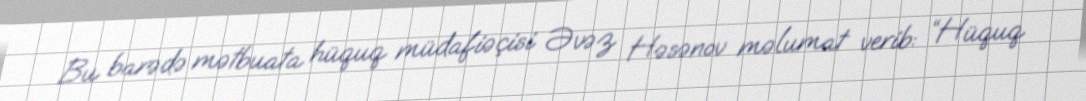
Bu barədə mətbuata hüquq müdafiəçisi Əvəz Həsənov məlumat verib: “Hüquq